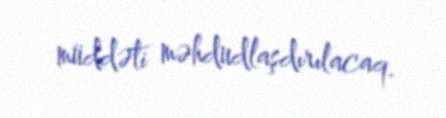
müddəti məhdudlaşdırılacaq.